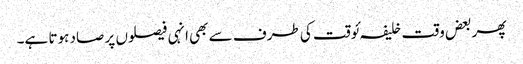
پھر بعض وقت خلیفہ ئوقت کی طرف سے بھی انہی فیصلوں پر صاد ہوتا ہے۔